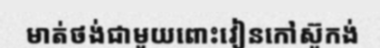
មាត់ថង់ជាមួយពោះវៀនកៅស៊ូកង់